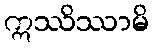
ဣဿိဿာမိ